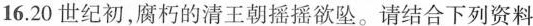
16.20世纪初，腐朽的清王朝摇摇欲坠。请结合下列资料